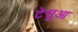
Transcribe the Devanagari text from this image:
टेसुआ